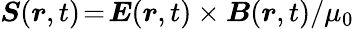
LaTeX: \boldsymbol{S}(\boldsymbol{r},t)\! =\! \boldsymbol{E}(\boldsymbol{r},t)\times\boldsymbol{B}(\boldsymbol{r},t)/\mu_{0}